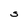
Character: S